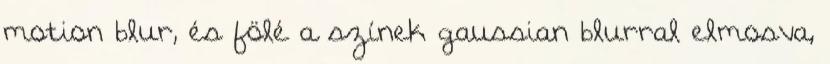
motion blur, és fölé a színek gaussian blurral elmosva,